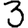
Digit: 3